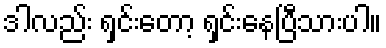
ဒါလည်း ရှင်းတော့ ရှင်းနေပြီသားပါ။